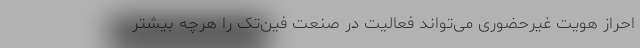
احراز هویت غیرحضوری می‌تواند فعالیت در صنعت فین‌تک را هرچه بیشتر